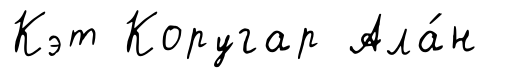
Кэт Коругар Ала́н